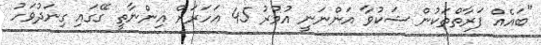
"ބައެއް ފަރާތްތަކުން ޝަކުވާ އަންނަނީ އުމުރު 45 އަހަރަށް އިންނާތީ ގޭގައި ގިނަދުވަހު